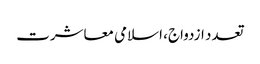
تعدد ازدواج، اسلامی معاشرت